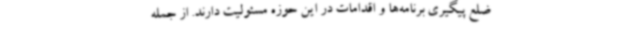
ضلع پیگیری برنامه‌ها و اقدامات در این حوزه مسئولیت دارند. از جمله